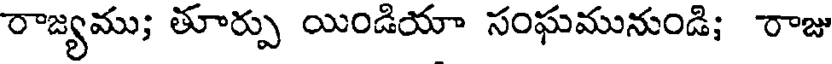
రాజ్యము; తూర్పు యిండియా సంఘమునుండి; రాజు